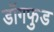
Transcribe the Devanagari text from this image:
डॉगफुड